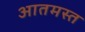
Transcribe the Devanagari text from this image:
आतमस्त